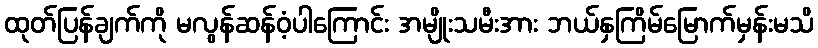
ထုတ်ပြန်ချက်ကို မလွန်ဆန်ဝံ့ပါကြောင်း အမျိုးသမီးအား ဘယ်နှကြိမ်မြောက်မှန်းမသိ